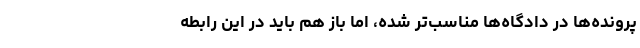
پرونده‌ها در دادگاه‌ها مناسب‌تر شده، اما باز هم باید در این رابطه